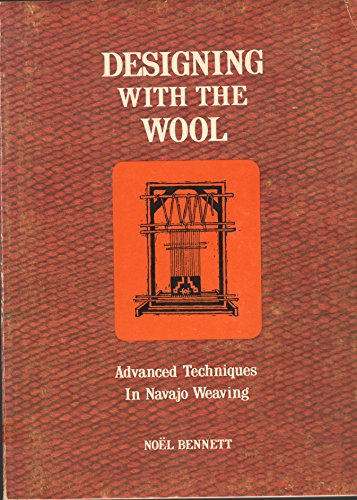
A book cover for Designing With the Wool: Advanced Techniques in Navajo Weaving; Noel Bennett; Crafts, Hobbies & Home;